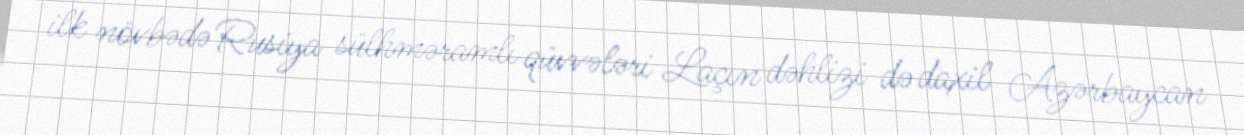
ilk növbədə Rusiya sülhməramlı qüvvələri Laçın dəhlizi də daxil Azərbaycan